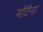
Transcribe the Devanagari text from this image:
मोंटैना